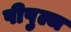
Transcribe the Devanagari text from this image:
पीपुल्ज